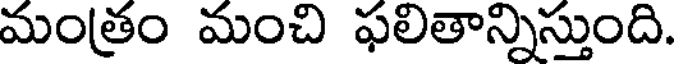
మంత్రం మంచి ఫలితాన్నిస్తుంది.